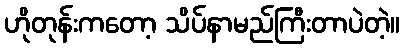
ဟိုတုန်းကတော့ သိပ်နာမည်ကြီးတာပဲတဲ့။